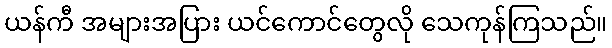
ယန်ကီ အများအပြား ယင်ကောင်တွေလို သေကုန်ကြသည်။